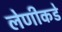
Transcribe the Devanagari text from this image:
लेणीकडे